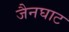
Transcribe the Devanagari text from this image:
जैनघाट